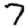
Digit: 7